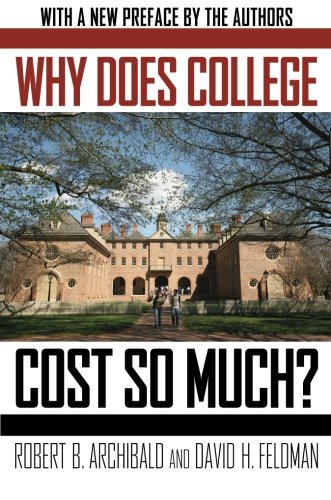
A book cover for Why Does College Cost So Much?; Robert B. Archibald; Education & Teaching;